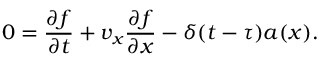
0 = \frac { \partial f } { \partial t } + v _ { x } \frac { \partial f } { \partial x } - \delta ( t - \tau ) a ( x ) .